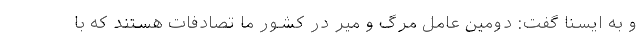
و به ایسنا گفت: دومین عامل مرگ و میر در کشور ما تصادفات هستند که با